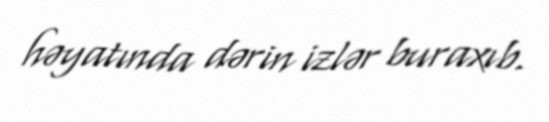
həyatında dərin izlər buraxıb.